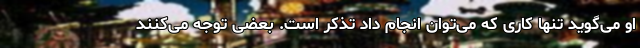
او می‌گوید تنها کاری که می‌توان انجام داد تذکر است. بعضی توجه می‌کنند